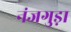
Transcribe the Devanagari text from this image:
नंजगुड़ा